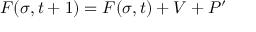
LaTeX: F ( \sigma , t + 1 ) = F ( \sigma , t ) + V + P ^ { \prime }